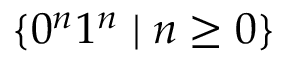
\{ 0 ^ { n } 1 ^ { n } \mid n \geq 0 \}